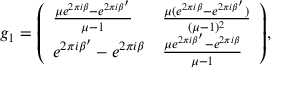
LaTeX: \, \, \, g _ { 1 } = { \left( \begin{array} { l l } { { \frac { \mu e ^ { 2 \pi i \beta } - e ^ { 2 \pi i \beta ^ { \prime } } } { \mu - 1 } } } & { { \frac { \mu ( e ^ { 2 \pi i \beta } - e ^ { 2 \pi i \beta ^ { \prime } } ) } { ( \mu - 1 ) ^ { 2 } } } } \\ { e ^ { 2 \pi i \beta ^ { \prime } } - e ^ { 2 \pi i \beta } } & { { \frac { \mu e ^ { 2 \pi i \beta ^ { \prime } } - e ^ { 2 \pi i \beta } } { \mu - 1 } } } \end{array} \right) } ,